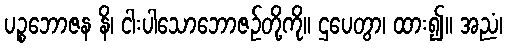
ပဉ္စဘောဇန နိ၊ ငါးပါသောဘောဇဉ်တို့ကို။ ဌပေတွာ၊ ထား၍။ အညံ၊